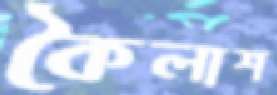
কৈলাশ